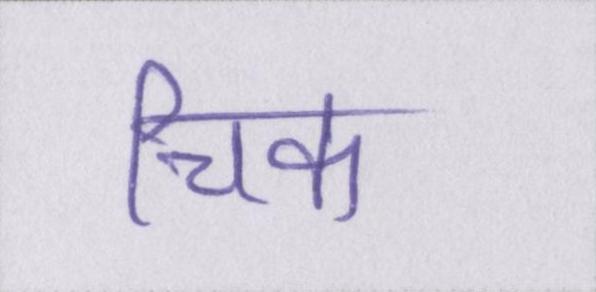
चिक